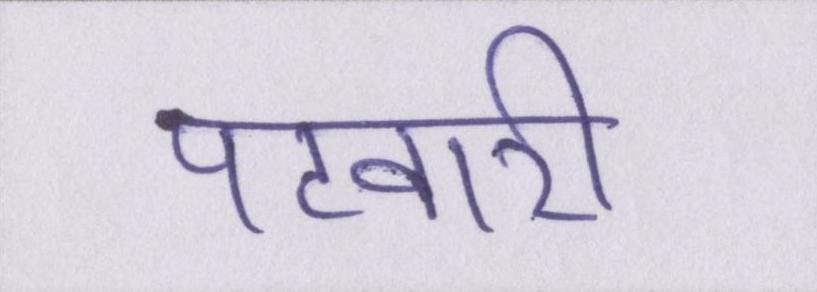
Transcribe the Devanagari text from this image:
पटवारी